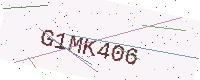
Text: G1MK406